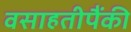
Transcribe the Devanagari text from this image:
वसाहतीपैंकी